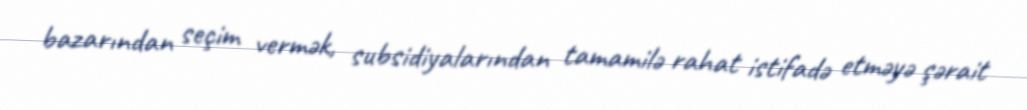
bazarından seçim vermək, subsidiyalarından tamamilə rahat istifadə etməyə şərait